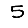
Digit: 5